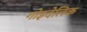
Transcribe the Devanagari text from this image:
गोइदेलिक